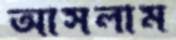
আসলাম